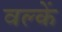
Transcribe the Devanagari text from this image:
वल्कें